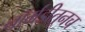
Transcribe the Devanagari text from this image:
नॉर्मंडीतूनच